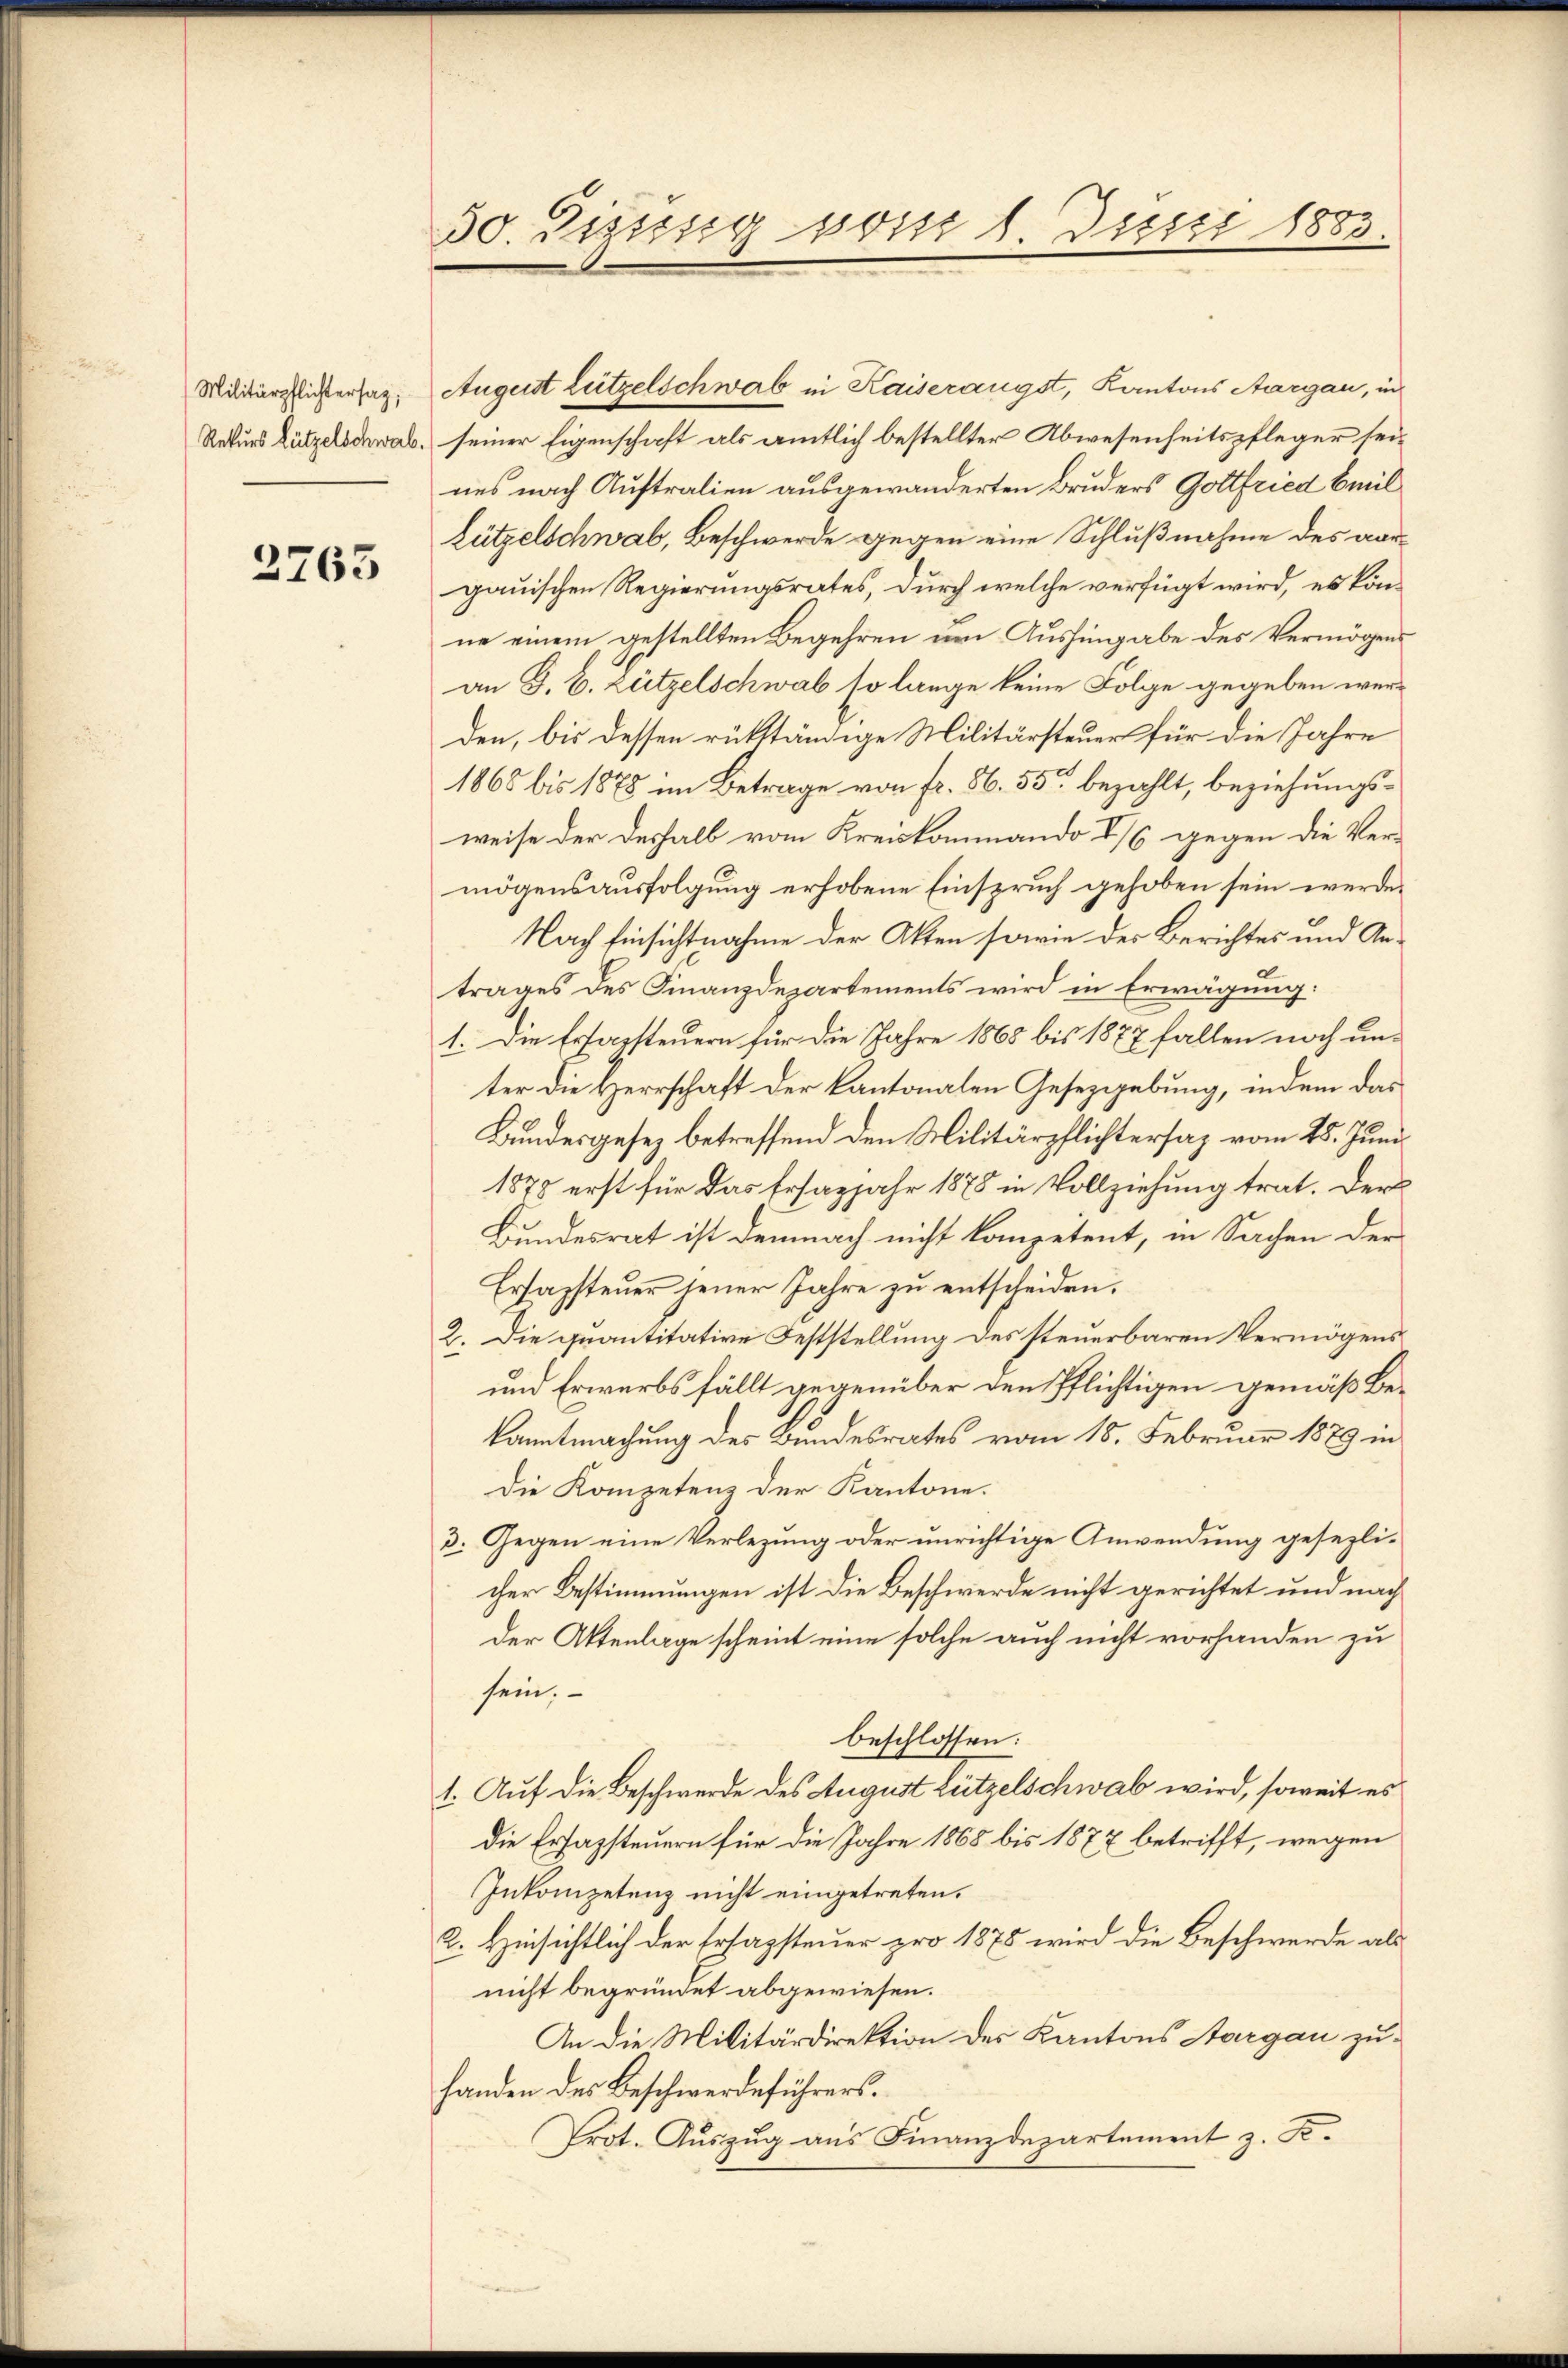
Militärpflichtersaz;
Rekurs Lützelschwab.

2763

30 Bisung vom 1 Juni 1883

August Lützelschwab in Kaiserangst, Kantons Aargau, in
seiner Eigenschaft als amtlich bestellter Abwesenheitspfleger seines nach Auftralien ausgewanderten Bruders Gottfried beeil
Lützelschwab, Beschwerde gegen eine Schlußnahme des vorgauischen Regierungsrates, durch welche verfügt wird, es könne einem gestellten Begehren um Aushingabe des Vermögens
an G. B. Zützelschwab so lange keine Folge gegeben werden, bis dessen rükständige Militärsteuer für die Jahre
1865 bis 1878 im Betrage von Fr. 86. 55 bezahlt, beziehungsweise der deshalb vom Kreiskommando 2/6 gegen die Vermögensausfolgung erhobene Einspruch gehoben sein werde.
Nach Einsichtnahme der Akten sowie des Berichtes und Antrages des Finanzdepartements wird in Erwägung:
1. Die Erfassteuern für die Jahre 1868 bis 1877 fallen noch unter die Herrschaft der Kantonalen Gesetzgebung, indem das
Bundesgesez betreffend den Militärpflichtersaz vom 25. Juni
1875 erst für das Ersazjahr 1878 in Vollziehung trat. Der
Bundesrat ist demnach nicht kompetent, in Sachen der
Ersapsteuer jener Jahre zu entscheiden.
2. Die quantitative Feststellung des steuerbaren Vermögens
und Erwerbs fällt gegenüber den Pflichtigen gemäß Bekanntmachung des Bundesrates vom 18. Februar 1879 in
Die Kompetenz der Kantone.
3. Gegen eine Verlegung oder unrichtige Anwendung gesezlicher Bestimmungen ist die Beschwerde nicht gerichtet und nach
Der Aktenlage scheint eine solche auch nicht vorhanden zu
sein.
beschlossen:
1. Auf die Beschwerde des August Lützelschwab wird, soweit es
Die Erfassteuern für die Jahre 1868 bis 1877 betrifft, wegen
Inkompetenz nicht eingetreten.
2. Hinsichtlich der Ersagsteuer pro 1875 wird die Beschwerde als
nicht begründet abgewiesen.
An die Militärdirektion des Kantons Aargau zuhanden des Beschwerdeführers.
Prot. Auszug aus Finanzdepartement z. F.